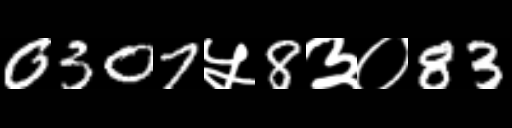
Text: 0307५8३०83